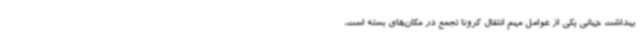
بهداشت جهانی یکی از عوامل مهم انتقال کرونا تجمع در مکان‌های بسته است،